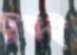
চুবই